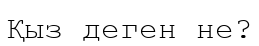
Қыз деген не?